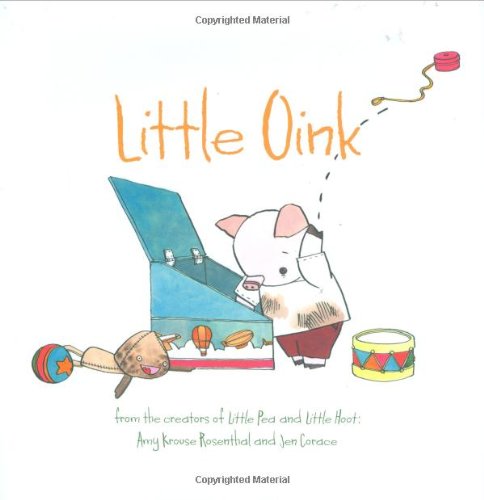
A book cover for Little Oink; Amy Krouse Rosenthal; Children's Books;